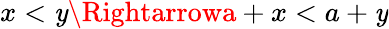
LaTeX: x<\mathit{y}\Rightarrowa+x<a+\mathit{y}